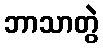
ဘာသာတွဲ